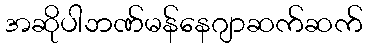
အဆိုပါဘဏ်မန်နေဂျာဆက်ဆက်